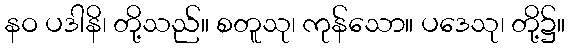
နဝ ပဒါနိ၊ တို့သည်။ စတူသု၊ ကုန်သော။ ပဒေသု၊ တို့၌။